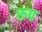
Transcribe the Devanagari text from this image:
रुप